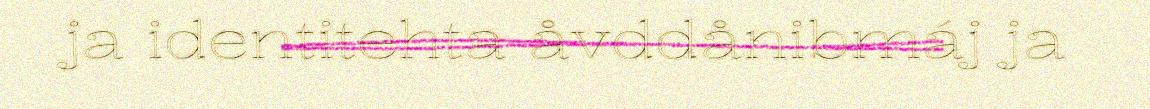
ja identitehta åvddånibmáj ja